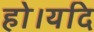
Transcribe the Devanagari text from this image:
हो।यदि